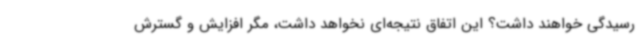
رسیدگی خواهند داشت؟ این اتفاق نتیجه‌ای نخواهد داشت، مگر افزایش و گسترش